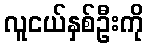
လူငယ်နှစ်ဦးကို